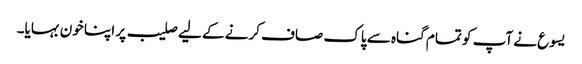
یسوع نے آپ کو تمام گناہ سے پاک صاف کرنے کے لیے صلیب پر اپنا خون بہایا۔